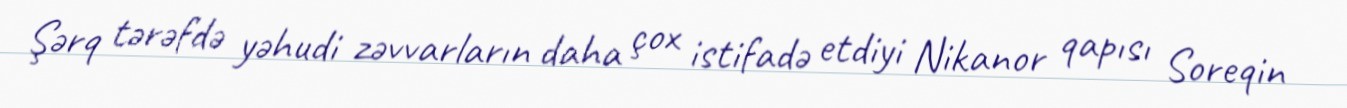
Şərq tərəfdə yəhudi zəvvarların daha çox istifadə etdiyi Nikanor qapısı Soreqin